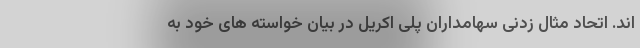
اند. اتحاد مثال زدنی سهامداران پلی اکریل در بیان خواسته های خود به